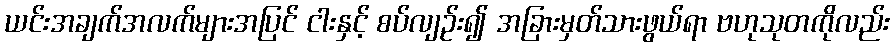
ယင်းအချက်အလက်များအပြင် ငါးနှင့် စပ်လျဉ်း၍ အခြားမှတ်သားဖွယ်ရာ ဗဟုသုတကိုလည်း